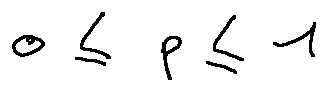
0 \leq p \leq 1